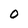
Character: 0